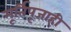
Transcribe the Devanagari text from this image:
मूर्तिपूजाही